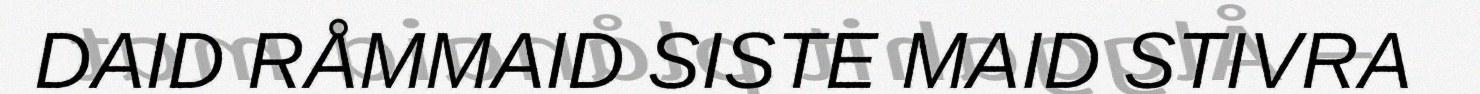
DAID RÅMMAID SISTE MAID STIVRA